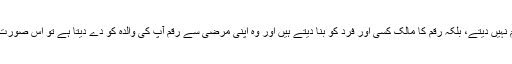
تاہم اگر آپ براہِ راست اپنی والدہ کو رقم نہیں دیتے، بلکہ رقم کا مالک کسی اور فرد کو بنا دیتے ہیں اور وہ اپنی مرضی سے رقم آپ کی والدہ کو دے دیتا ہے تو اس صورت میں آپ کی بیوی کو طلاق نہیں ہوگی۔